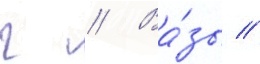
г // Ва́зы //